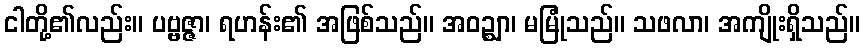
ငါတို့၏လည်း။ ပဗ္ဗဇ္ဇာ၊ ရဟန်း၏ အဖြစ်သည်။ အဝဉ္ဈာ၊ မမြုံသည်။ သဖလာ၊ အကျိုးရှိသည်။